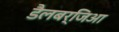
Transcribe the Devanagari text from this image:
डैलबर्जिआ